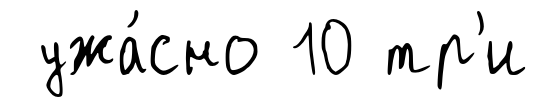
ужа́сно 10 тр'и